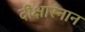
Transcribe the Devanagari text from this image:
दीक्षास्नान